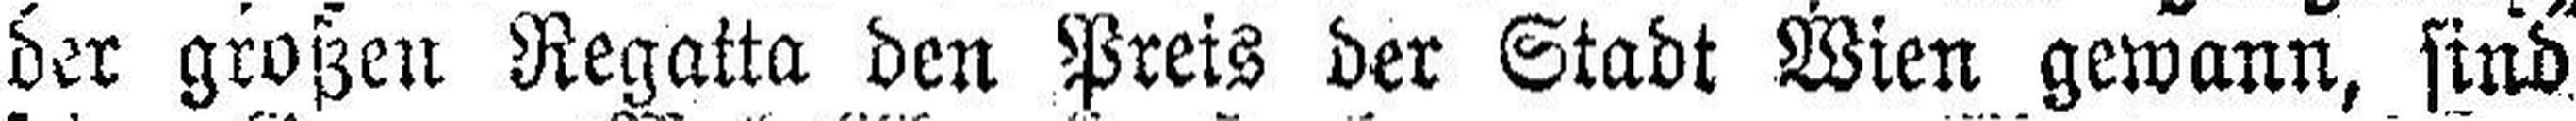
der großen Regatta den Preis der Stadt Wien gewann, sind,